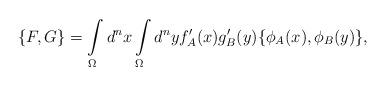
LaTeX: \begin{align*}\{F,G\}=\int\limits_{\Omega}d^nx\int\limits_{\Omega}d^nyf'_A(x)g'_B(y)\{\phi_A(x),\phi_B(y)\},\end{align*}